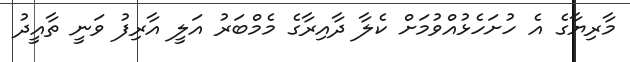
މާރިޔާގެ އެ ހުށަހެޅުއްވުމަށް ކެލާ ދާއިރާގެ މެމްބަރު އަލީ އާރިފު ވަނީ ތާއީދު